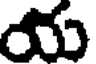
య